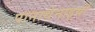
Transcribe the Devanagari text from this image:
पानाथेनाइयां